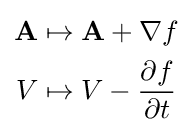
{\begin{aligned}\mathbf {A} &\mapsto \mathbf {A} +\nabla f\\V&\mapsto V-{\frac {\partial f}{\partial t}}\end{aligned}}